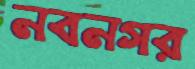
নবনগর